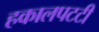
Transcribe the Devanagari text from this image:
हकालपटटी